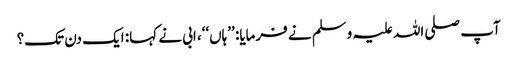
آپ صلی اللہ علیہ وسلم نے فرمایا: ’’ہاں‘‘، ابی نے کہا: ایک دن تک؟